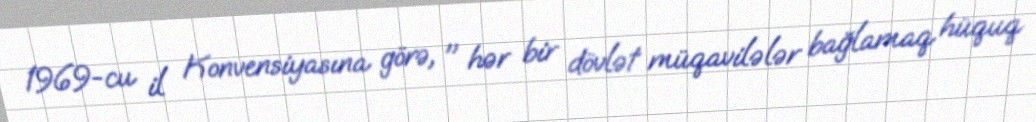
1969-cu il Konvensiyasına görə, " hər bir dövlət müqavilələr bağlamaq hüquq